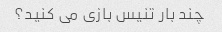
چند بار تنیس بازی می کنید؟